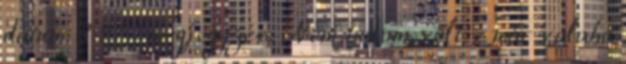
dátum: 8:21 1 megjegyzés: Nem tudom, volt-e már valaha